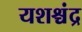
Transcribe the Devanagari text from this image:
यशश्चंद्र